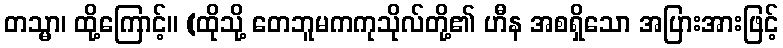
တသ္မာ၊ ထို့ကြောင့်။ (ထိုသို့ တေဘူမကကုသိုလ်တို့၏ ဟီန အစရှိသော အပြားအားဖြင့်